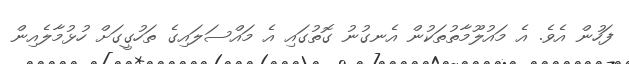
ފަހުން އެވެ. އެ މައުލޫމާތުތަކުން އެނގުނު ގޮތުގައި އެ މައްސަލައިގެ ތަހުގީގަށް ހުޅުމާލެއިން